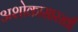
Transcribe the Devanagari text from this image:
अशोकासारखी